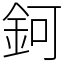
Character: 鈳